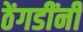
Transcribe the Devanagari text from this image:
ठेंगडींनी